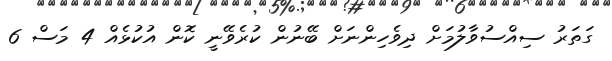
ގަތަރު ސިއްސުވާލުމަށް ދިވެހިންނަށް ބޭނުން ކުރެވޭނީ ކޮން އުކުޅެއް 4 މަސް 6